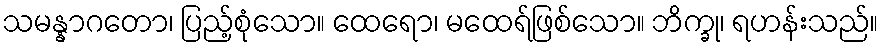
သမန္နာဂတော၊ ပြည့်စုံသော။ ထေရော၊ မထေရ်ဖြစ်သော။ ဘိက္ခု၊ ရဟန်းသည်။